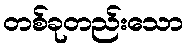
တစ်ခုတည်းသော